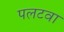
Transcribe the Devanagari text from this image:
पलटवा